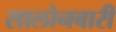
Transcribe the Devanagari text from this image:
सालोनबारी